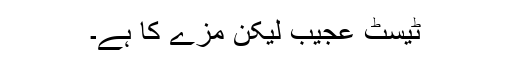
ٹیسٹ عجیب لیکن مزے کا ہے۔